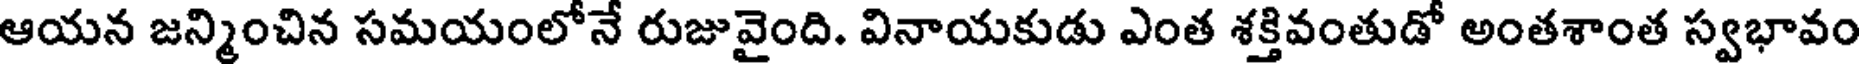
ఆయన జన్మించిన సమయంలోనే రుజువైంది. వినాయకుడు ఎంత శక్తివంతుడో అంతశాంత స్వభావం